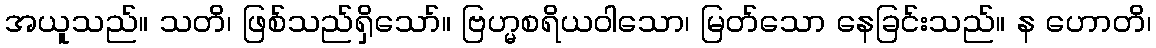
အယူသည်။ သတိ၊ ဖြစ်သည်ရှိသော်။ ဗြဟ္မစရိယဝါသော၊ မြတ်သော နေခြင်းသည်။ န ဟောတိ၊